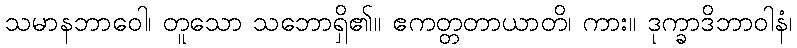
သမာနဘာဝေါ၊ တူသော သဘောရှိ၏။ ဧကတ္တတာယာတိ၊ ကား။ ဒုက္ခာဒိဘာဝါနံ၊